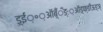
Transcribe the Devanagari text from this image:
ड़्ईं़॰़ऑब़्ँँँङ्ः़ऑड़्फ्ङीऊङ्ञ्